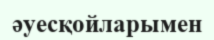
әуесқойларымен